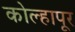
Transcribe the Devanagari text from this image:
काेेल्हापूर